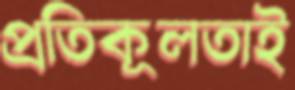
প্রতিকূলতাই